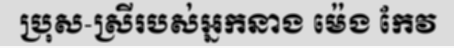
ប្រុស-ស្រីរបស់អ្នកនាង ម៉េង កែវ